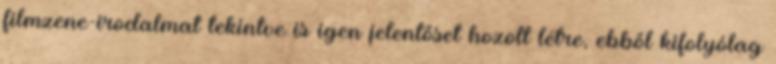
filmzene-irodalmat tekintve is igen jelentőset hozott létre, ebből kifolyólag